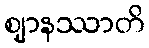
ဈာနဿာတိ